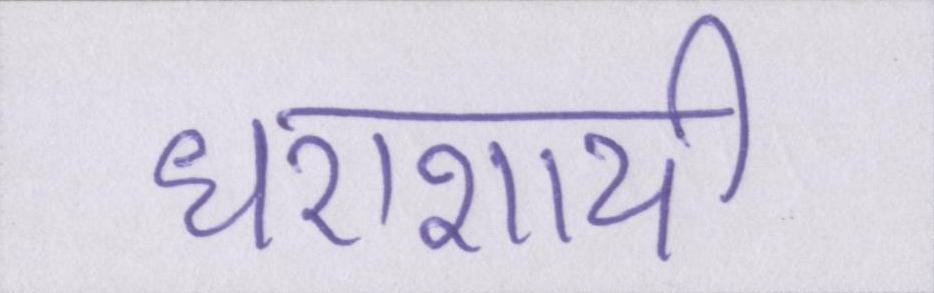
धराशायी